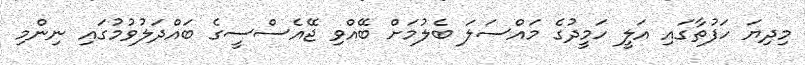
މިދިޔަ ހަފުތާގައި އަލީ ހަމީދުގެ މައްސަލަ ބެލުމަށް ބޭއްވި ޖޭއެސްސީގެ ބައްދަލުވުމުގައި ނިންމި